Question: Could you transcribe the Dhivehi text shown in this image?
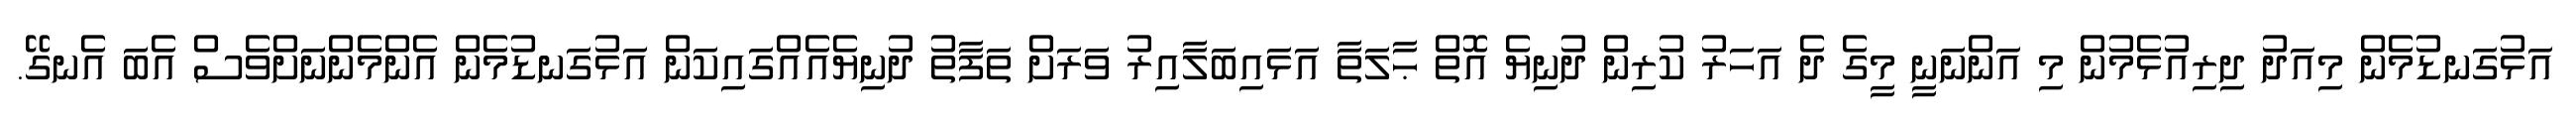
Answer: އަޅުގަނޑުމެން މިއަދު ދިރިއުޅެމުން މި އަންނަނީ މީގެ ދެ އަހަރު ކުރިން ދުނިޔެ އޮތް ޙާލަތާ އަޅައިބަލާއިރު ވަރަށް ތަފާތު ދުނިޔެއެއްގައިކަން އަޅުގަނޑުމެން އެންމެންނަށްވެސް އެބަ އެނގޭ.